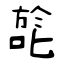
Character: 旕